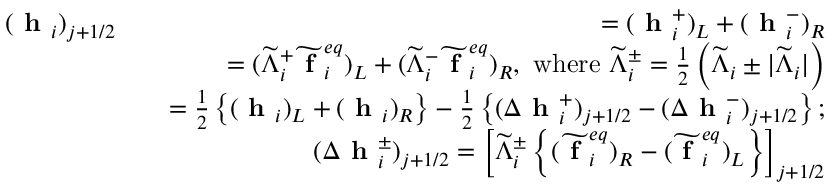
\begin{array} { r l r } { ( \textbf { h } _ { i } ) _ { j + 1 / 2 } } & { } & { = ( \textbf { h } _ { i } ^ { + } ) _ { L } + ( \textbf { h } _ { i } ^ { - } ) _ { R } } \\ & { } & { = ( \widetilde { \Lambda } _ { i } ^ { + } \widetilde { \textbf { f } } _ { i } ^ { e q } ) _ { L } + ( \widetilde { \Lambda } _ { i } ^ { - } \widetilde { \textbf { f } } _ { i } ^ { e q } ) _ { R } \mathrm { , ~ w h e r e ~ } \widetilde { \Lambda } _ { i } ^ { \pm } = \frac { 1 } { 2 } \left( \widetilde { \Lambda } _ { i } \pm | \widetilde { \Lambda } _ { i } | \right) } \\ & { } & { = \frac { 1 } { 2 } \left\{ ( \textbf { h } _ { i } ) _ { L } + ( \textbf { h } _ { i } ) _ { R } \right\} - \frac { 1 } { 2 } \left\{ ( \Delta \textbf { h } _ { i } ^ { + } ) _ { j + 1 / 2 } - ( \Delta \textbf { h } _ { i } ^ { - } ) _ { j + 1 / 2 } \right\} ; } \\ & { } & { ( \Delta \textbf { h } _ { i } ^ { \pm } ) _ { j + 1 / 2 } = \left[ \widetilde { \Lambda } _ { i } ^ { \pm } \left\{ ( \widetilde { \textbf { f } } _ { i } ^ { e q } ) _ { R } - ( \widetilde { \textbf { f } } _ { i } ^ { e q } ) _ { L } \right\} \right] _ { j + 1 / 2 } } \end{array}